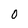
Character: O